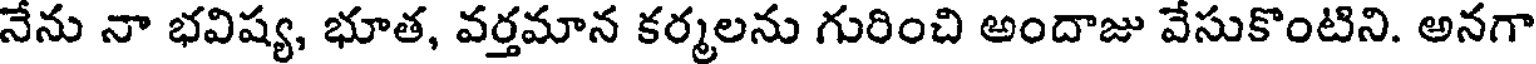
నేను నా భవిష్య, భూత, వర్తమాన కర్మలను గురించి అందాజు వేసుకొంటిని. అనగా